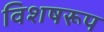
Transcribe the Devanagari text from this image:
विशषरूप